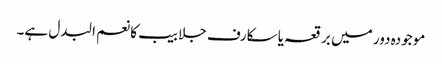
موجودہ دور میں برقعہ یا سکارف جلابیب کا نعم البدل ہے۔